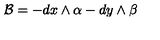
\mathcal { B } = - d x \wedge \alpha - d y \wedge \beta